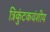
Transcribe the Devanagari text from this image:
त्रिकुंटकवंशीय